Lock hospitals Punjab
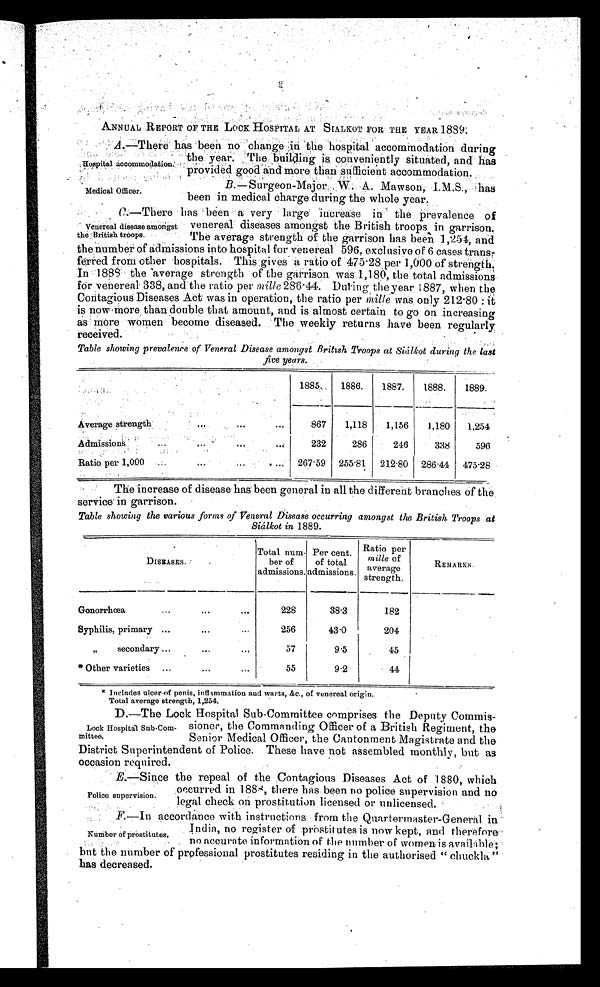
Hospital:accommodation.
Medical Officer.
ANNUAL REPORT OF THE LOCK HOSPITAL AT SIALKOT FOR THE YEAR 1839:
A—There has been no change in the hospital accommodation during
,
•
the year The building conveniently situated, and has
provided good and more than sufficient accommodation:
B.—Surgeon-Major W A. Mawson,. I.M.S., has
been in medical charge during the whole year.
o f
venereal diseases amongst the British troops in garrison.
The average strength of the garrison has been 1,254, and
the number of admissions into hospital for venereal 596, exclusive of 6 cases trans
ferred from other hospitals. This gives a ratio of 475.28 per 1,000 of strength
In 1888 the average strength of the garrison was 1,180, the total admissions
for venereal 338, and the ratio per mille 286 . 44. During the year 1887, when the
Contagious Diseases Act was in operation, the ratio per mille was only 212 80 : it
is now more than double that amount, and is almost certain to go on increasing
as more women become diseased. The weekly returns have been regularly
received.
•
•
•
•
Table showing prevalence of Veneral Disease amongst British Troops at Siálkot during the last
five years.
1885.
1886.
1887.
1888.
1889.
Average, strength
. . .
. . .
...
867
1,118
1,156
1,180
1,254
Admission:
. . .
. . .
. . .
232
286
246
338
596
Ratio per 1,000
...
...
...
267 . 59 255 . 81 212 . 80 286 .44 475.28
The increase of disease has been general in all the different branches of the
service in garrison.
Table showing the various forms of Veneral Disease occurring amongst the British Troops at
Siálkot in 1889 .
DISEASES.
Total num-
ber of
admissions.
Per cent.
of total
admissions .
Ratio per
mills of
average
strength,
REMARKS
Gonorrhoea
...
. . .
. . .
228
38.3
182
Syphilis, primary ..
. . .
...
256
43.0
204
"
secondary ...
. . .
. . .
57
9.5
45
*Other varieties
...
. . .
55
9.2
44
* Includes ulcer of penis, inflammation and warts, &c., of venereal origin.
Total average strength, 1,254.
D.—The Lock Hospital Sub-Committee comprises the Deputy Commis-
sioner, the Commanding Officer of a British Regiment, the
Senior Medical Officer, the Cantonment Magistrate and the
District Superintendent of Police. These have not assembled monthly, but as
occasion required.
E.—Since the repeal of the Contagious Diseases Act of 1880, which
occur r ed i n 1888- t her e has been no pol i ce super vi si on and no
legal check on prostitution licensed or unlicensed.
Venereal disease amongst
the British troops.
Lock Hospital Sub-Com.
mittee.
P o l i c e . s u p e r v i s i o n . F — I n a c c o r d a n c e w i t h i n s t r u c t i o n s f r o m t h e Q u a r t e r m a s t e r - G e n e r a l i n I n d i a , n o r e g i s t e r o f p r o s t i t u t e s i s n o w k e p t a n d t h e r e f o r e n o a c c u r a t e i n f o r m a t i o n o f t h e n u m b e r o f w o m e n i s a v a i l a b l e , b u t t h e n u m b e r o f p r o f e s s i o n a l p r o s t i t u t e s r e s i d i n g i n t h e a u t h o r i s e d " c h u c k l a " h a s d e c r e a s e d . N u m b e r o f p r o s t i t u t e s .
F.--In accordance with instructions from the Quartermaster-General in
India, no register of prostit utes is now kept, and therefore
no accurate information of the number of women is available;
but the number of professional prostitutes residing in the authorised " chuckla "
has decreased.
Number of prostitutes.